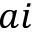
a i